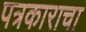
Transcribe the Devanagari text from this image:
पत्रकाराचा